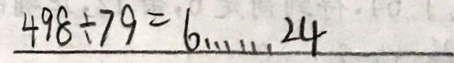
4 9 8 \div 7 9 = 6 \cdots 2 4